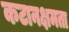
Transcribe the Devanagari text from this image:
कटानक्षमता